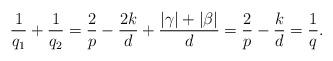
LaTeX: \begin{gather*}\frac{1}{q_{1} } + \frac{1}{q_{2}} = \frac{2}{p} - \frac{2k}{d} + \frac{|\gamma| + |\beta|}{d} = \frac{2}{p} - \frac{k}{d} = \frac{1}{q}.\end{gather*}